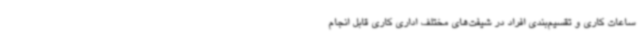
ساعات کاری و تقسیم‌بندی افراد در شیفت‌های مختلف اداری کاری قابل انجام